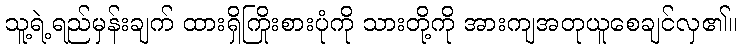
သူ့ရဲ့ရည်မှန်းချက် ထားရှိကြိုးစားပုံကို သားတို့ကို အားကျအတုယူစေချင်လှ၏။